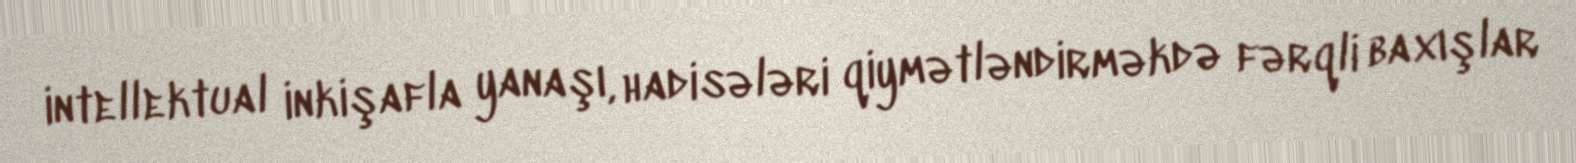
intellektual inkişafla yanaşı, hadisələri qiymətləndirməkdə fərqli baxışlar